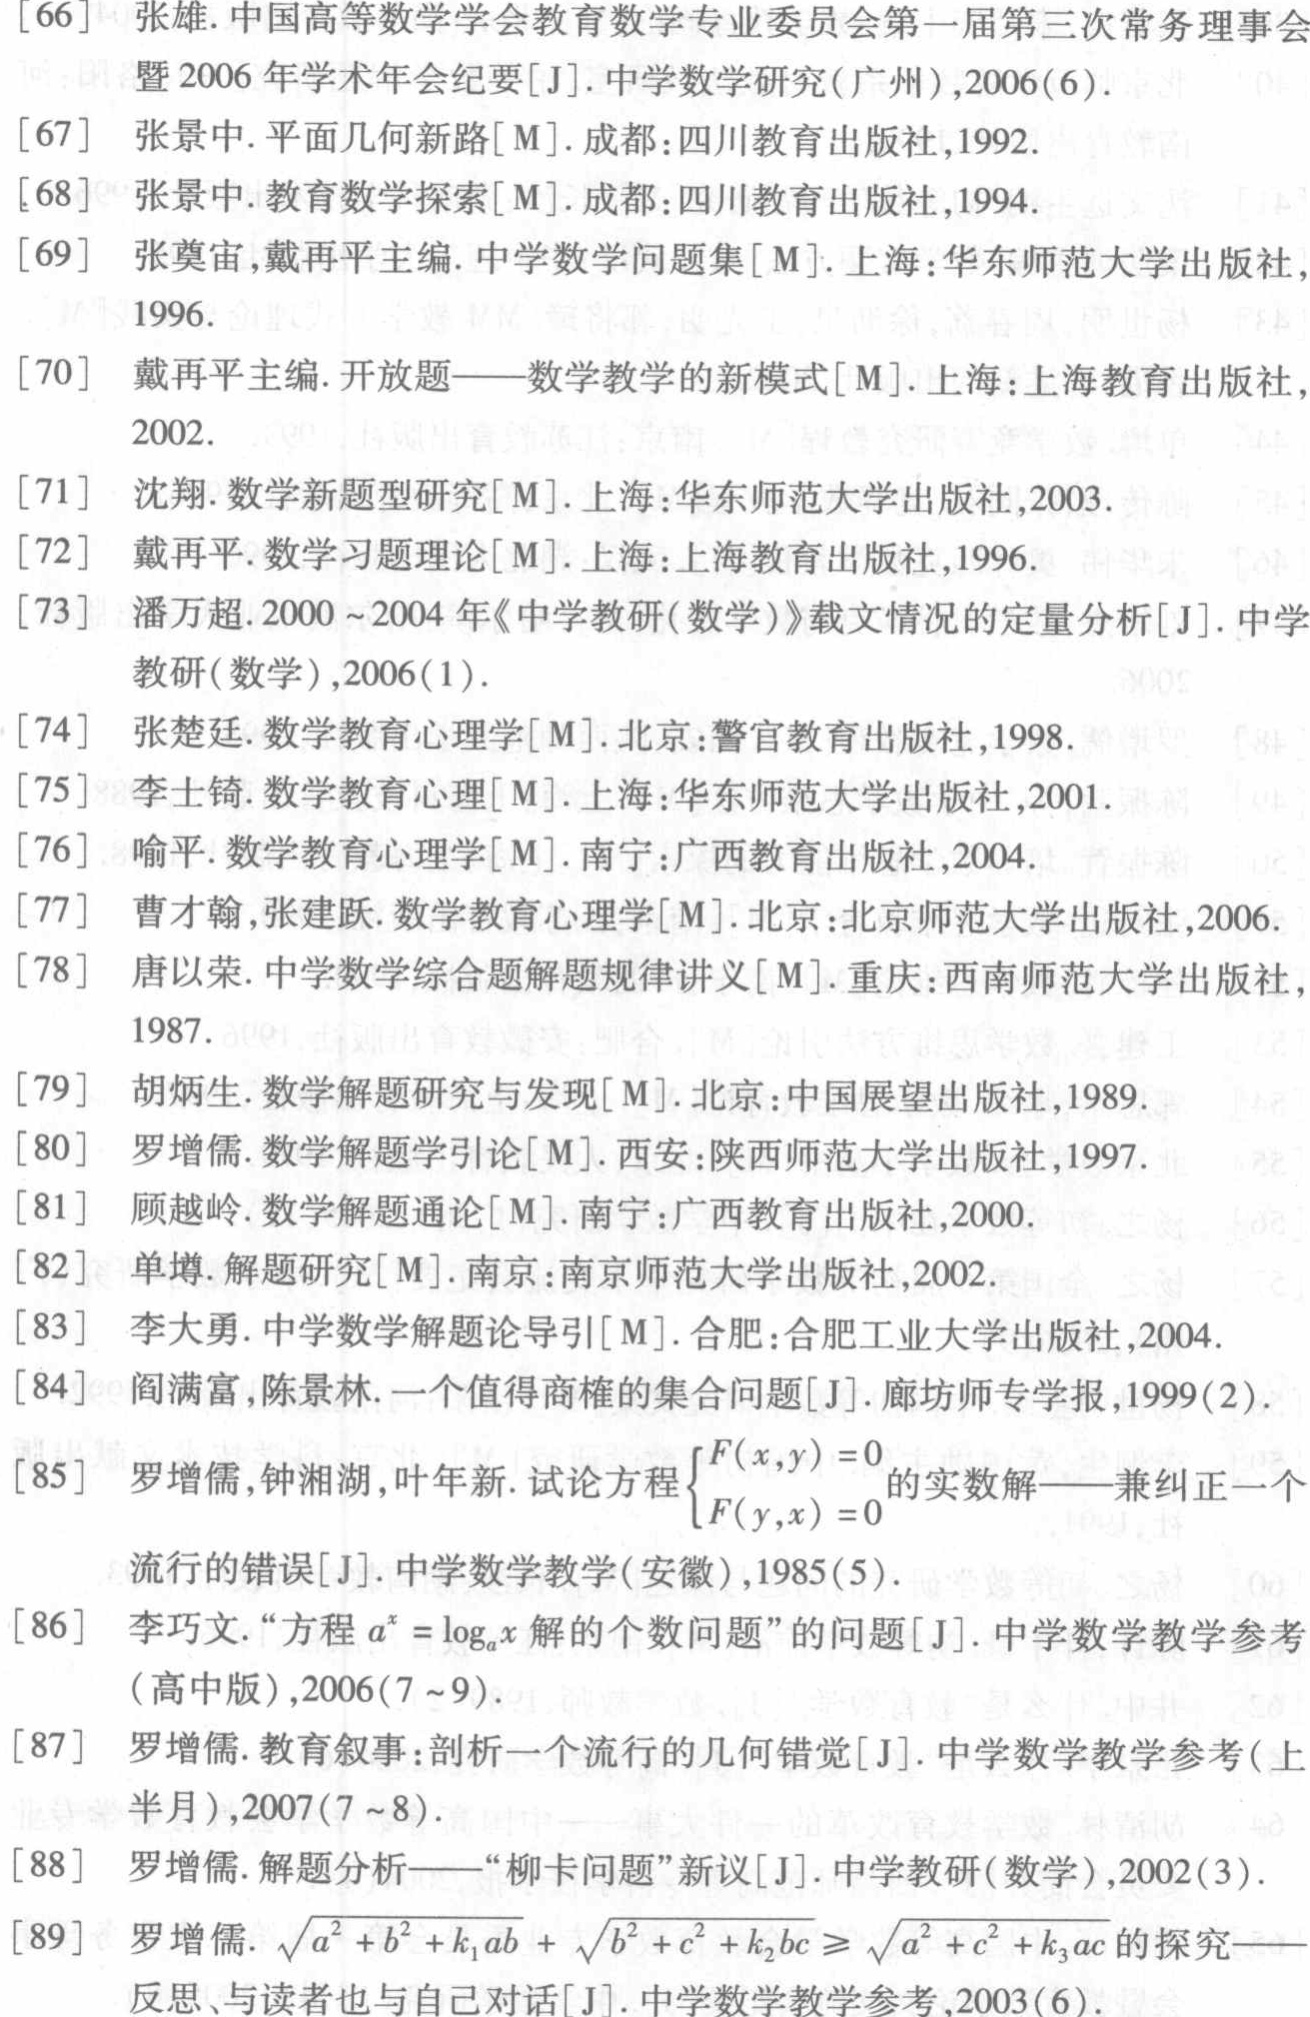
\begin{enumerate}

\item 张雄. 中国高等数学学会教育数学专业委员会第一届第三次常务理事会暨2006年学术年会纪要[J]. 中学数学研究(广州),2006(6).

\item 张景中. 平面几何新路[M]. 成都:四川教育出版社,1992.

\item 张景中. 教育数学探索[M]. 成都:四川教育出版社,1994.

\item 张奠宙,戴再平主编. 中学数学问题集[M]. 上海:华东师范大学出版社,1996.

\item 戴再平主编. 开放题——数学教学的新模式[M]. 上海:上海教育出版社,2002.

\item 沈翔. 数学新题型研究[M]. 上海:华东师范大学出版社,2003.

\item 戴再平. 数学习题理论[M]. 上海:上海教育出版社,1996.

\item 潘万超. 2000～2004年《中学教研(数学)》载文情况的定量分析[J]. 中学教研(数学),2006(1).

\item 张楚廷. 数学教育心理[M]. 北京:警官教育出版社,1998.

\item 李士锜. 数学教育心理[M]. 上海:华东师范大学出版社,2001.

\item 喻平. 数学教育心理学[M]. 南宁:广西教育出版社,2004.

\item 曹才翰,张建跃. 数学教育心理学[M]. 北京:北京师范大学出版社,2006.

\item 唐以荣. 中学数学综合题解题规律讲义[M]. 重庆:西南师范大学出版社,1987.

\item 胡炳生. 数学解题研究与发现[M]. 北京:中国展望出版社,1989.

\item 罗增儒. 数学解题学引论[M]. 西安:陕西师范大学出版社,1997.

\item 顾越岭. 数学解题通论[M]. 南宁:广西教育出版社,2000.

\item 单墫. 解题研究[M]. 南京:南京师范大学出版社,2002.

\item 李大勇. 中学数学解题论导引[M]. 合肥:合肥工业大学出版社,2004.

\item 阎满富,陈景林. 一个值得商榷的集合问题[J]. 廊坊师专学报,1999(2).

\item 罗增儒,钟湘湖,叶年新. 试论方程$\begin{cases}F(x,y)=0\\F(y,x)=0\end{cases}$的实数解——兼纠正一个流行的错误[J]. 中学数学教学(安徽),1985(5).

\item 李巧文. “方程$a^{x}=\log_{a}x$解的个数问题”的问题[J]. 中学数学教学参考(高中版),2006(7～9).

\item 罗增儒. 教育叙事:剖析一个流行的几何错觉[J]. 中学数学教学参考(上半月),2007(7～8).

\item 罗增儒. 解题分析——“柳卡问题”新议[J]. 中学教研(数学),2002(3).

\item 罗增儒. $\sqrt{a^{2}+b^{2}+k_{1}ab}+\sqrt{b^{2}+c^{2}+k_{2}bc}\geqslant\sqrt{a^{2}+c^{2}+k_{3}ac}$的探究——反思、与读者也与自己对话[J]. 中学数学教学参考,2003(6).

\end{enumerate}